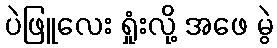
ပဲဖြူလေး ရှုံးလို့ အဖေ မွဲ